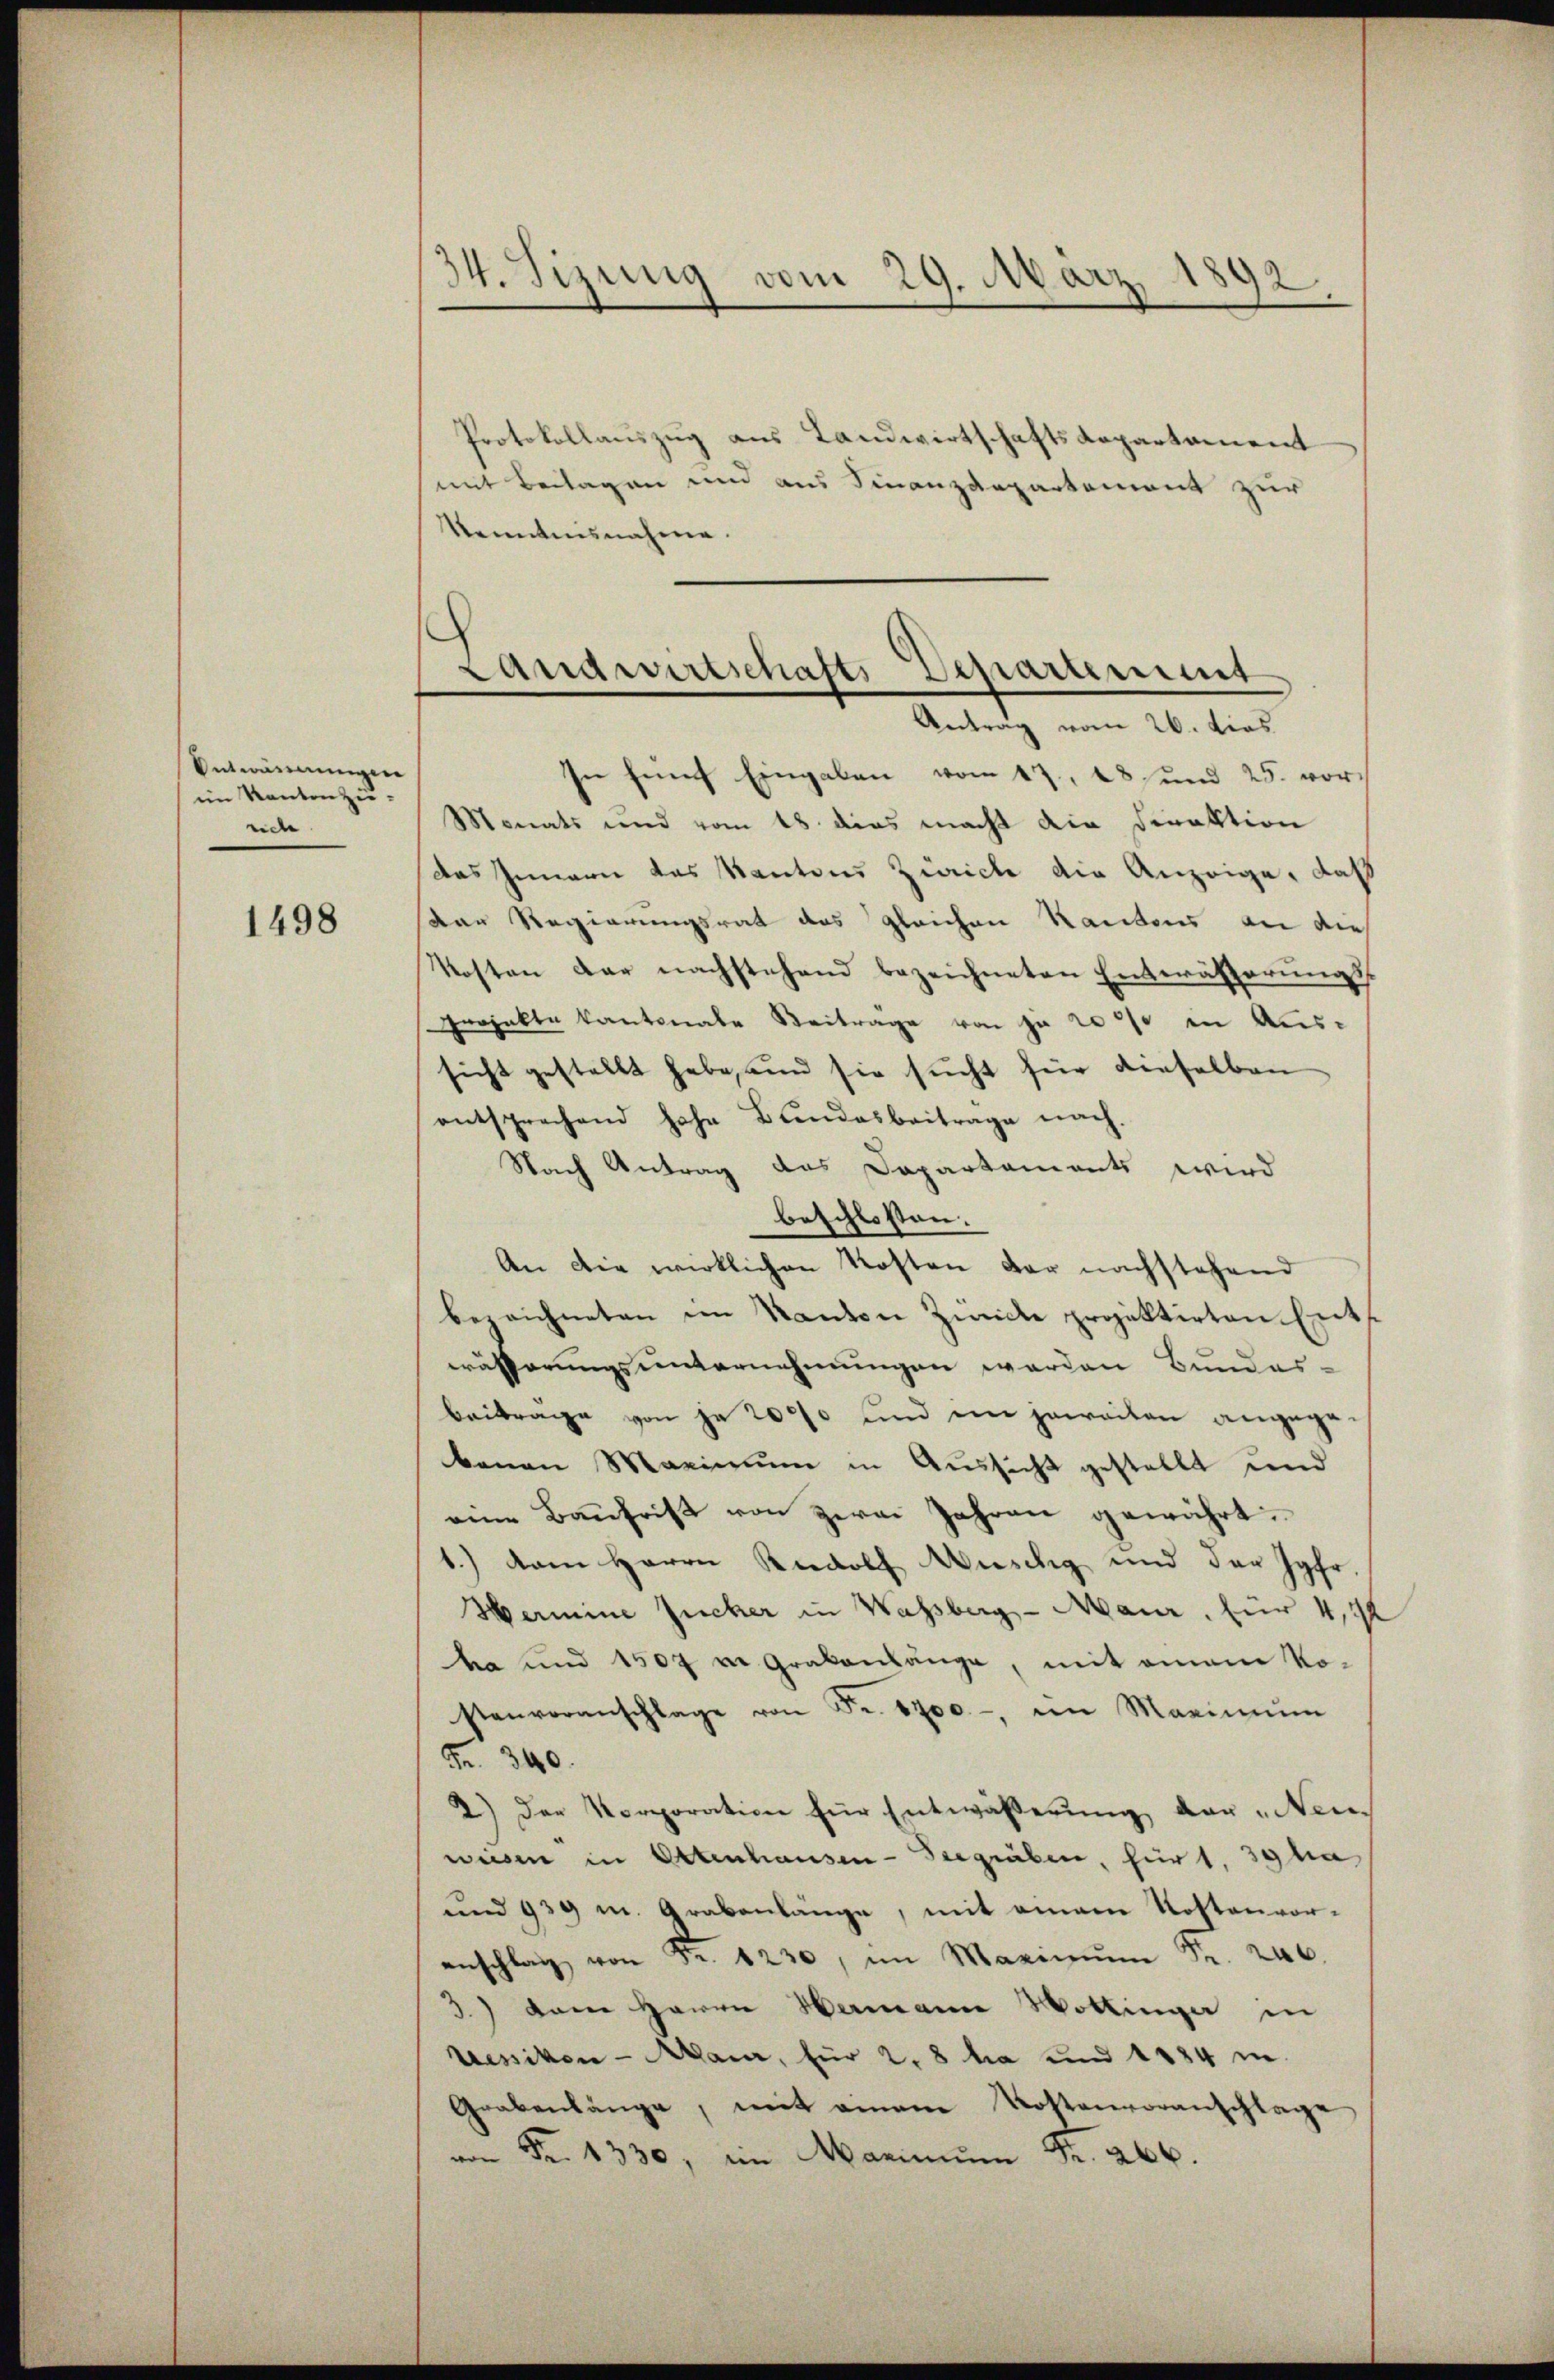
Antwortungen
im Kanton zu-
eiche

1498

34. Sizung vom 29. März
1892

Protokollauszug aus Landwirtschaftsdepartament
mit Beilagen und aus Finanzdepartement zur
kenntnisnahme.

Landwirtschafts-Departement
Antrag vom 26. dies

In fünf Eingaben vom 17. 18 und 25. vor-
Monats und vom 18. dies macht die Firaktion
das Innern das Kantons Zürich die Anzeige, daß
Der Regierungsrat des gleichen Kantons an dies
Kosten der nachstehend bezeichneten Entwässerungs¬
Projekte Kantonale Beitrage von je 2000 in Aus-
sicht gestellt habe, und sie sucht für dieselben
entsprechend hohe Bundesbeitrage nach.
Nach Antrag des Dapartaments wird
beschlossen:
An die wirklichen Kosten der nachstehend
bezeichneten im Santon Zünice projektirten Ents
eräfferungsunternehmungen werden Bundes-
beitrage von je 2000 und im jeweiten angegebenen Marinum in Aussicht gestellt und
eine Baufrist von Herrn Jahren gewährt.
1.) dem Herrn Rudolf Wuschig und der Jgfr
Hermine Zucker in Wassberg - Maur, für 4,72
ha und 150f v. Grakanlänge, mit einem Ko-
stenvoranschlage von Fr. 1700.- in Marinium
Fr. 340.
2.) Der Korporation für Entwässerŭng der „Nenwesen in Ottenhausen-Seegräben, für 1. 39 ha
und 939 m. Arabenlange, mit einem Kostenvor-
anschlag von Fr. 1230, im Marin Fr. 240.
3.) Dem Herrn Hermann Wottinger in
Lessiken - Maur, für 2, 8 ha und 1884 i
Grabenlänge, mit einem Kostenvoranschlage
von Fr. 1330, im Maximŭm Fr. 266.